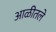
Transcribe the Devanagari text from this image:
आळीतले